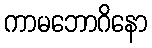
ကာမဘောဂိနော